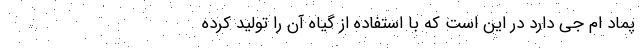
پماد ام جی دارد در این است که با استفاده از گیاه آن را تولید کرده